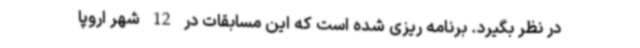
در نظر بگیرد. برنامه ریزی شده است که این مسابقات در 12 شهر اروپا